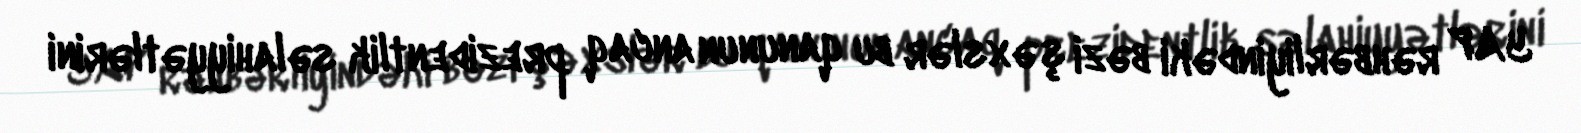
YAP rəhbərliyindəki bəzi şəxslər bu qanunun ancaq prezidentlik səlahiyyətlərini